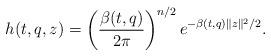
LaTeX: \begin{align*}h(t,q,z)=\left(\frac{\beta(t,q)}{2\pi}\right)^{n/2}e^{-\beta(t,q)\|z\|^2/2}.\end{align*}